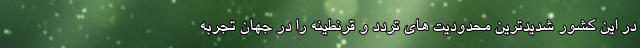
در این کشور شدیدترین محدودیت های تردد و قرنطینه را در جهان تجربه